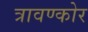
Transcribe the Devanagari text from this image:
त्रावण्कोर